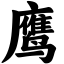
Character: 鹰